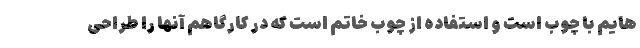
هایم با چوب است و استفاده از چوب خاتم است که در کارگاهم آنها را طراحی